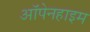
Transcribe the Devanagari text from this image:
ऑपेनहाइम